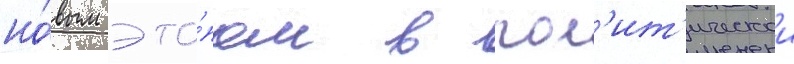
но́вым эта́пом в пол'ит'ическои